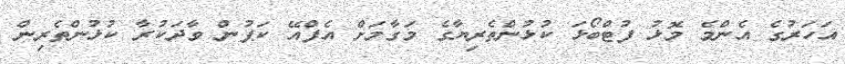
އަހަރުގެ އެންމެ މޮޅު ފުޓްބޯޅަ ކުޅުންތެރިޔާގެ މަގާމަށް އެފްއޭ ކަޕުން ވާދަކުރާ ކުޅުންތެރިން